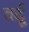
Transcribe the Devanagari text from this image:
वर्दूं